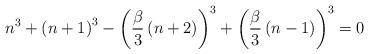
LaTeX: \begin{align*}n^{3}+\left(n+1\right)^{3}-\left(\frac{\beta}{3}\left(n+2\right)\right)^{3}+\left(\frac{\beta}{3}\left(n-1\right)\right)^{3}=0\end{align*}